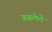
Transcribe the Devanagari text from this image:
वसलेलें